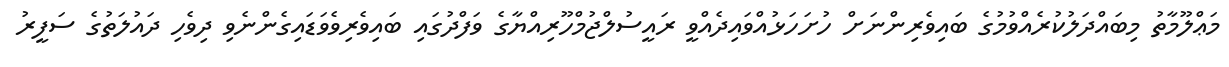
މަޢްލޫމާތު މިބައްދަލުކުރެއްވުމުގެ ބައިވެރިންނަށް ހުށަހަޅުއްވައިދެއްވީ ރައީސުލްޖުމްހޫރިއްޔާގެ ވަފްދުގައި ބައިވެރިވެވަޑައިގެންނެވި ދިވެހި ދައުލަތުގެ ސަފީރު